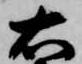
右